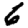
Digit: 6